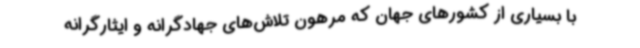
با بسیاری از کشورهای جهان که مرهون تلاش‌های جهادگرانه و ایثارگرانه